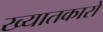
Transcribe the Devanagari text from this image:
ख्यातकारों